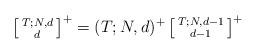
LaTeX: \begin{align*} \left[ \begin{smallmatrix} T; N,d \\ d \end{smallmatrix} \right]^+ = (T; N,d)^+ \left[ \begin{smallmatrix} T; N,d -1 \\ d -1\end{smallmatrix} \right]^+ \end{align*}